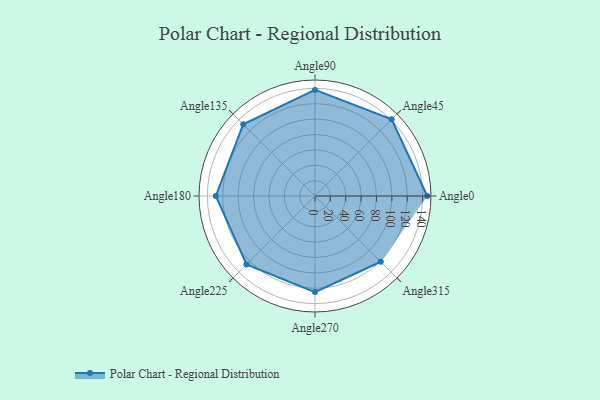
{"axis": {"x": "Angle", "y": "Radius"}, "legend": [""], "data": [{"x": "Angle0", "y": 146.0, "type": ""}, {"x": "Angle45", "y": 141.0, "type": ""}, {"x": "Angle90", "y": 138.0, "type": ""}, {"x": "Angle135", "y": 132.0, "type": ""}, {"x": "Angle180", "y": 129.0, "type": ""}, {"x": "Angle225", "y": 126.0, "type": ""}, {"x": "Angle270", "y": 125.0, "type": ""}, {"x": "Angle315", "y": 121.0, "type": ""}]}